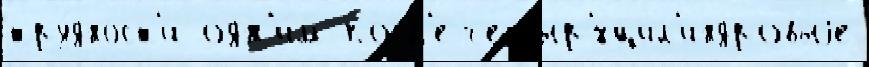
тру́дност'и одн'и́м посл'е четыр'́хцил'индровыjе